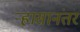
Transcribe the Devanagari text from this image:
र्‍हासानंतर